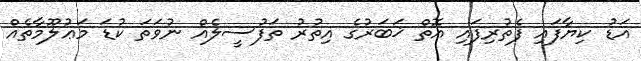
އަޑު ކިޔާފައި ފެތުރިފައި އޮތް ޚަބަރުގެ އިތުރު ތަފުސީލެއް ނުވަތަ ކުޑަ މަޢުލޫމާތެއް